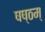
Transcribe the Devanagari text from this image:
षष्ठम्‌